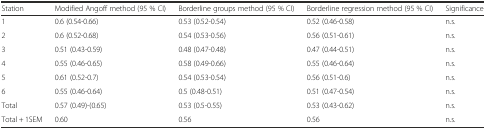
| Station | Modified Angoff method (95 % CI) | Borderline groups method (95 % CI) | Borderline regression method (95 % CI) | Significance |
 | --- | --- | --- | --- | --- |
 | 1 | 0.6 (0.54-0.66) | 0.53 (0.52-0.54) | 0.52 (0.46-0.58) | n.s. |
 | 2 | 0.6 (0.52-0.68) | 0.54 (0.53-0.56) | 0.56 (0.51-0.61) | n.s. |
 | 3 | 0.51 (0.43-0.59) | 0.48 (0.47-0.48) | 0.47 (0.44-0.51) | n.s. |
 | 4 | 0.55 (0.46-0.65) | 0.58 (0.49-0.66) | 0.55 (0.46-0.64) | n.s. |
 | 5 | 0.61 (0.52-0.7) | 0.54 (0.53-0.54) | 0.56 (0.51-0.6) | n.s. |
 | 6 | 0.55 (0.46-0.64) | 0.5 (0.48-0.51) | 0.51 (0.47-0.54) | n.s. |
 | Total | 0.57 (0.49)-(0.65) | 0.53 (0.5-0.55) | 0.53 (0.43-0.62) | n.s. |
 | Total + 1SEM | 0.60 | 0.56 | 0.56 | n.s. |